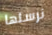
نرسلها